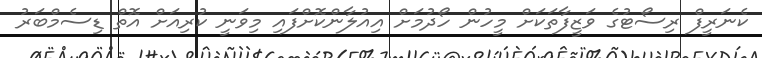
ކެނަރީފް ރިސޯޓުގެ ވަޒީފާތަކަށް މީހުން ހޯދުމަށް އިއުލާންކޮށްފައި މިވަނީ ކުރިއަށް އޮތް ޑިސެމްބަރު